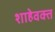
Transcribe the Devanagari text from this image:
शाहेवक्त